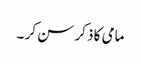
مامی کا ذکر سن کر ۔